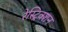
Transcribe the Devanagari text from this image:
रेस्ट्रिक्शन